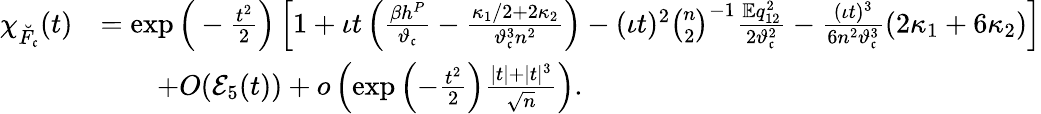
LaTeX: \begin{array}{rl}{\chi_{\breve{F}_{\mathfrak{c}}}(t)}&{=\exp\Big(-\frac{t^{2}}{2}\Big)\left[1+\iota t\left(\frac{\beta h^{P}}{\vartheta_{\mathfrak{c}}}-\frac{\kappa_{1}/2+2\kappa_{2}}{\vartheta_{\mathfrak{c}}^{3}n^{2}}\right)-(\iota t)^{2}\binom{n}{2}^{-1}\frac{\mathbb{E}q_{12}^{2}}{2\vartheta_{\mathfrak{c}}^{2}}-\frac{(\iota t)^{3}}{6n^{2}\vartheta_{\mathfrak{c}}^{3}}(2\kappa_{1}+6\kappa_{2})\right]}\\ &{\qquad+O(\mathcal{E}_{5}(t))+o\left(\exp\left(-\frac{t^{2}}{2}\right)\frac{|t|+|t|^{3}}{\sqrt{n}}\right).}\end{array}